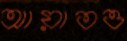
আয়াতও